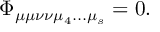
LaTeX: \Phi _ { \mu \mu \nu \nu \mu _ { 4 } . . . \mu _ { s } } = 0 .